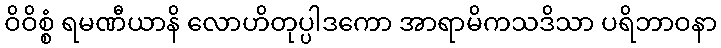
ဝိဝိစ္စံ ရမဏီယာနိ လောဟိတုပ္ပါဒကော အာရာမိကသဒိသာ ပရိဘာဝနာ